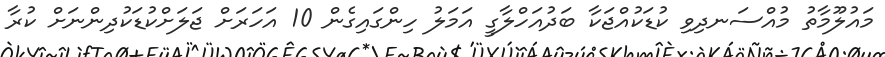
މައުލޫމާތު މުއްސަނދިވި ކުޑަކުއްޖަކާ ބަދުއަހްލާގީ އަމަލު ހިންގައިގެން 10 އަހަރަށް ޖަލަށްކުޑަކުދިންނަށް ކުރާ